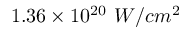
1 . 3 6 \times 1 0 ^ { 2 0 } ~ W / c m ^ { 2 }